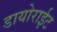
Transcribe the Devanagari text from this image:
डायोराईट